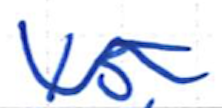
Text: 15
Cross-out: wave
Writing tool: ballpoint